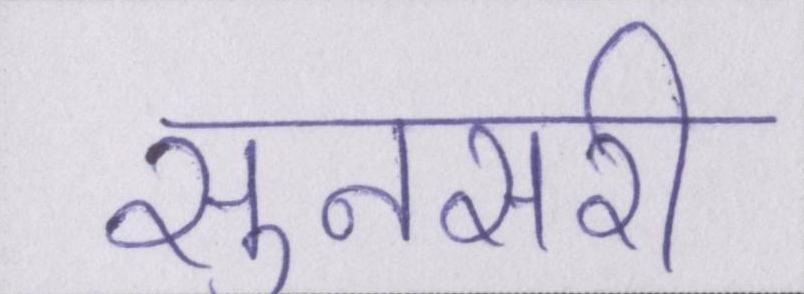
सुनसरी